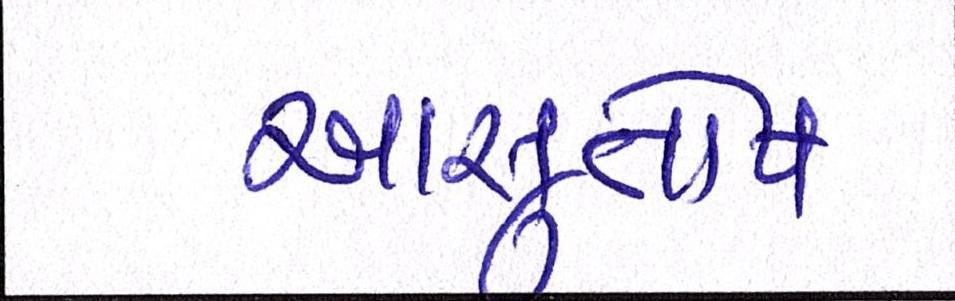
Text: આસુતોષ